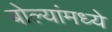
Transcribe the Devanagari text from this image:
बोल्यांमध्ये